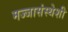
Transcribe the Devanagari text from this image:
मज्जासंस्थेशी